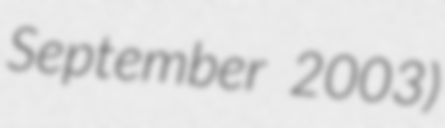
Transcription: September 2003)